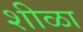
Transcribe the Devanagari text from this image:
शीळा